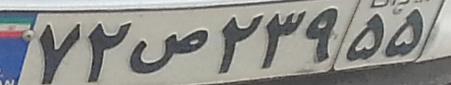
۷۲ص۲۳۹۵۵